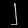
Digit: ၂